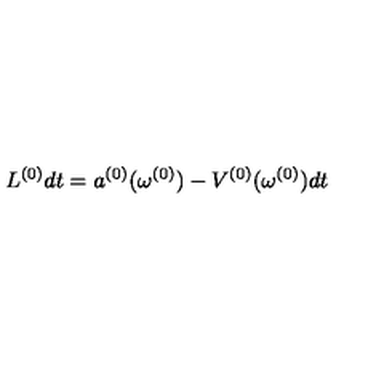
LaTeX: L ^ { ( 0 ) } d t = a ^ { ( 0 ) } ( \omega ^ { ( 0 ) } ) - V ^ { ( 0 ) } ( \omega ^ { ( 0 ) } ) d t